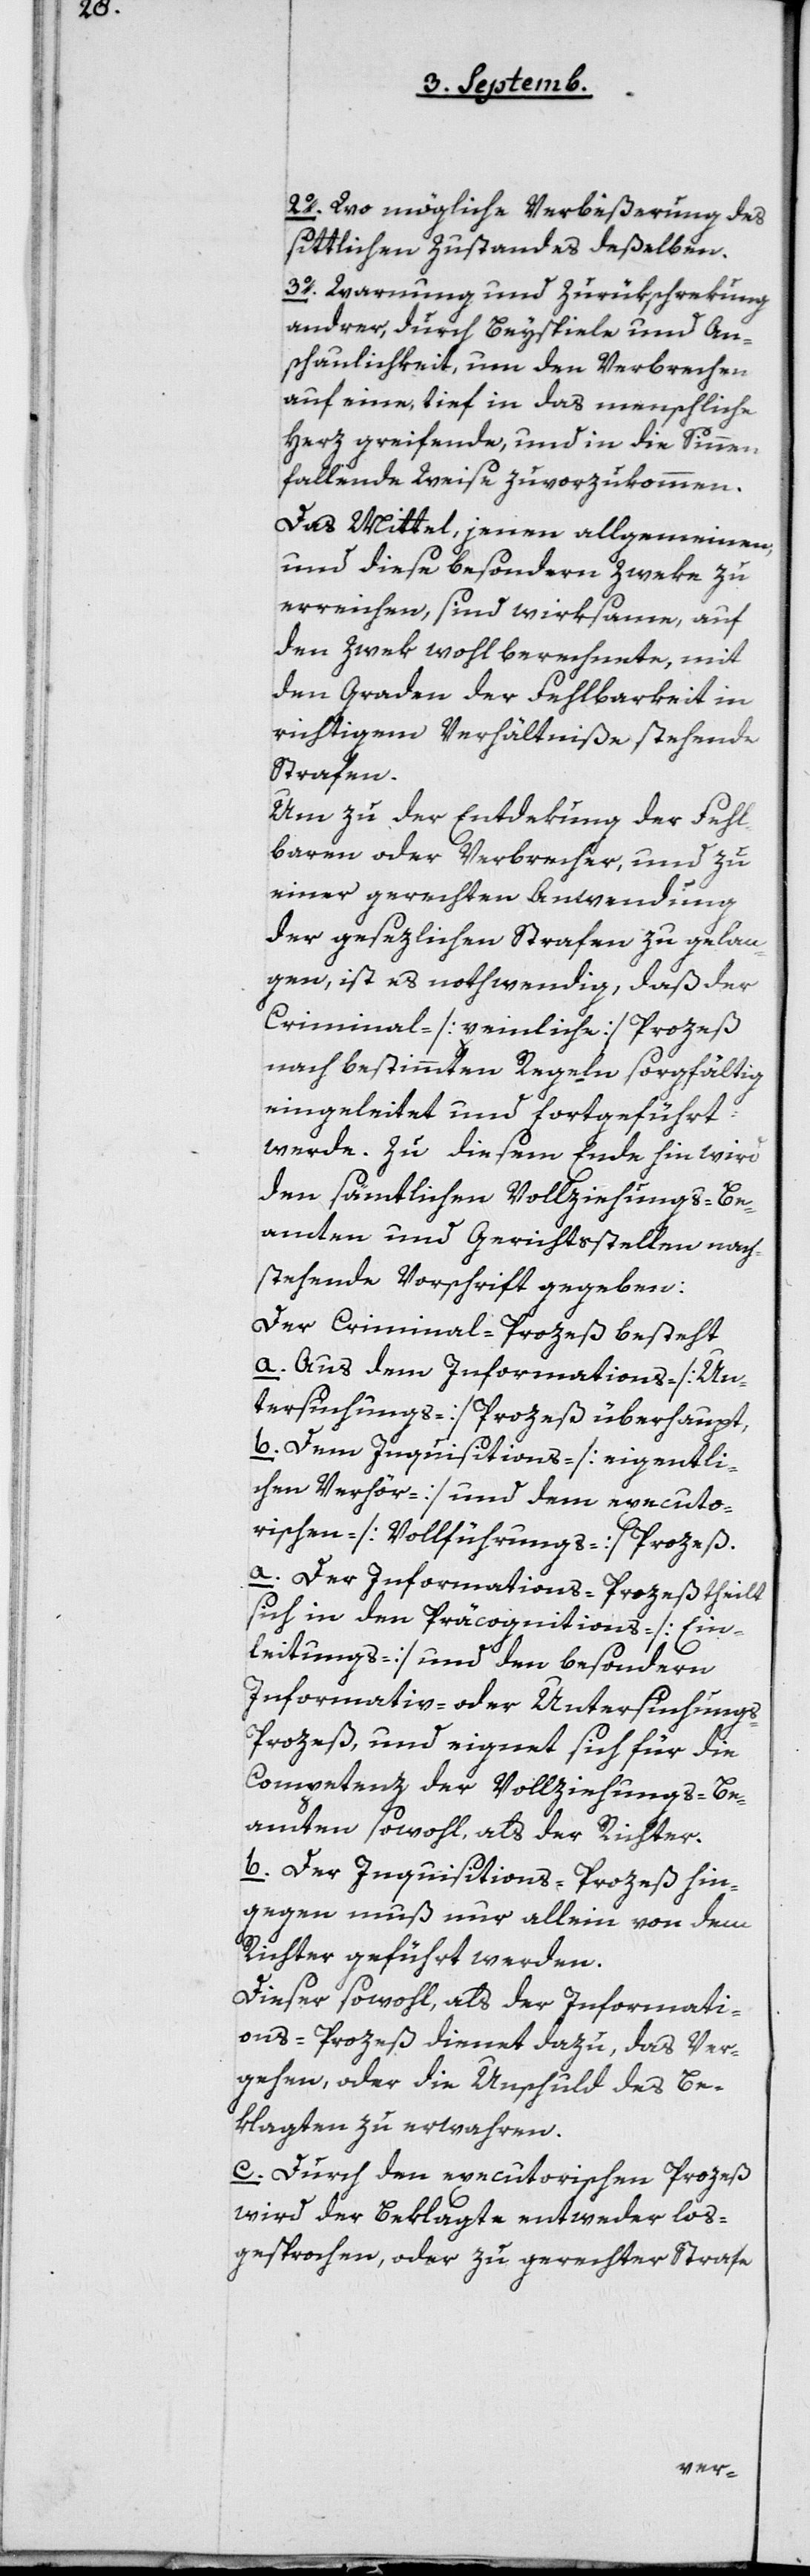
2o Wo mögliche Verbeßerung des
sittlichen Zustandes deßelben.
3o Warnung und Zurückschrekung
andrer, durch Beyspiele und An¬
schaulichkeit, um den Verbrechen
auf eine, tief in das menschliche
Herz greifende, und in die Sinnen
fallende Weise zuvorzukommen.
Das Mittel, jenen allgemeinen
und diese besondern Zwecke zu
erreichen, sind wirksame, auf
den Zwek wohl berechnete, mit
den Graden der Fehlbarkeit in
richtigem Verhältniße stehende
Strafen.
Um zu der Entdekung der Fehl¬
baren oder Verbrecher, und zu
einer gerechten Anwendung
der gesezlichen Strafen zu gelan¬
gen, ist es nothwendig, daß der
Criminal- [peinliche] Prozeß
nach bestimmten Regeln sorgfältig
eingeleitet und fortgeführt
werde. Zu diesem Ende hin wird
den sämtlichen Vollziehungs-Be¬
amten und Gerichtsstellen nach¬
stehende Vorschrift gegeben:
Der Criminal-Prozeß besteht
a. aus dem Informations- [Un¬
tersuchungs-] Prozeß überhaupt,
b. Dem Inquisitions- [eigentli¬
chen Verhör-] und dem executo¬
rischen [Vollführungs-] Prozeß.
Der Informations-Prozeß theilt
sich in den Präcognitions- [Ein¬
leitungs-] und den besondern
Informativ- oder Untersuchung¬
s-Prozeß, und eignet sich für die
Competenz der Vollziehungs-Be¬
amten sowohl als der Richter.
b. Der Inquisitions-Prozeß hin¬
gegen muß nur allein von dem
Richter geführt werden.
Dieser sowohl, als der Informati¬
ons-Prozeß dient dazu, des Ver¬
gehen oder die Unschuld des Be¬
klagten zu verwahren.
c. Durch den executorischen Prozeß
wird der Beklagte entweder los¬
gesprochen oder zu gerechter Strafe